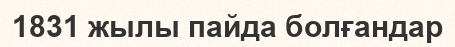
1831 жылы пайда болғандар